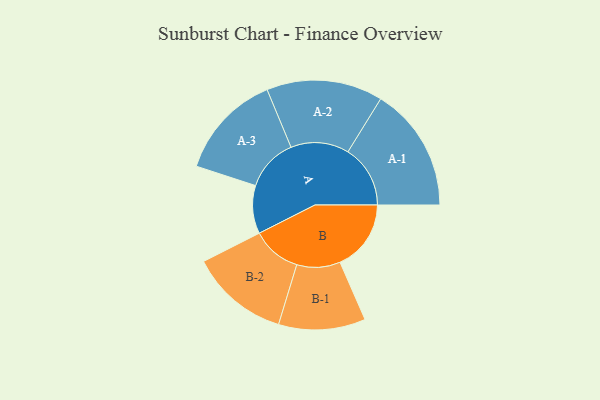
{"axis": {"x": "Segment", "y": "Value"}, "legend": ["", "A", "B"], "data": [{"x": "A", "y": 216, "type": ""}, {"x": "B", "y": 319, "type": ""}, {"x": "A-1", "y": 280, "type": "A"}, {"x": "A-2", "y": 261, "type": "A"}, {"x": "A-3", "y": 237, "type": "A"}, {"x": "B-1", "y": 195, "type": "B"}, {"x": "B-2", "y": 222, "type": "B"}]}